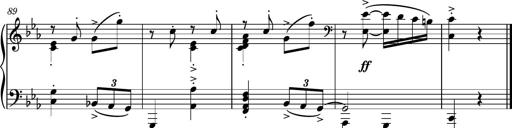
Title: Piano Sonatina No.5
Composer: Dimitri Sykias
Key: C minor